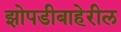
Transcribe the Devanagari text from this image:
झोपडीबाहेरील